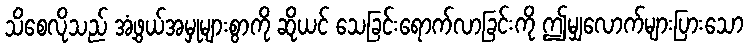
သိစေလိုသည် အံ့ဖွယ်အမှုများစွာကို ဆိုယင် သေခြင်းရောက်လာခြင်းကို ဤမျှလောက်များပြားသော